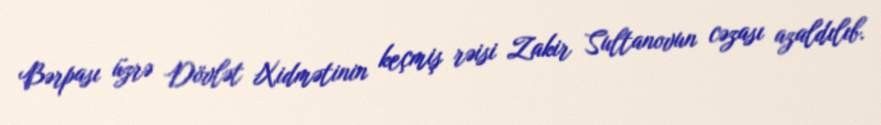
Bərpası üzrə Dövlət Xidmətinin keçmiş rəisi Zakir Sultanovun cəzası azaldılıb.